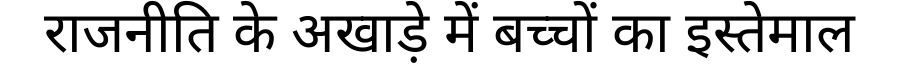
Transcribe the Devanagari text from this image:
राजनीति के अखाड़े में बच्चों का इस्तेमाल